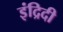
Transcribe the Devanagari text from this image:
इंद्रिदी